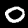
Digit: 0